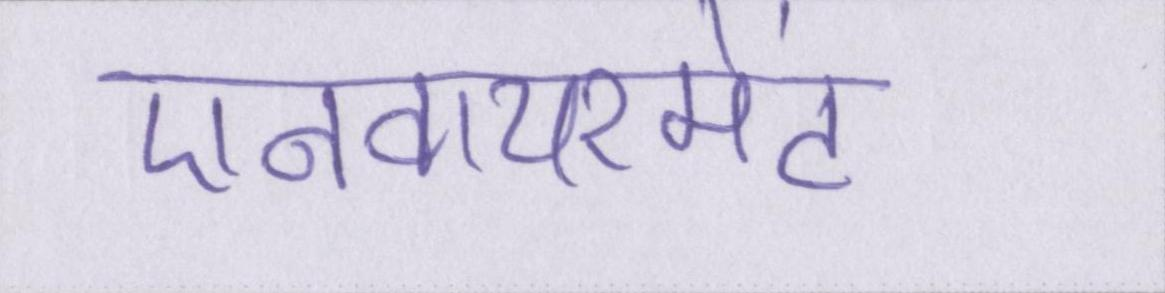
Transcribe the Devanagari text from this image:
एनवायरमेंट